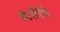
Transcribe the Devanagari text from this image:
बालीचे